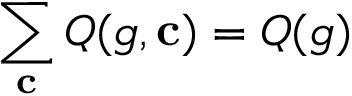
\sum _ { \mathbf { c } } Q ( g , \mathbf { c } ) = Q ( g )